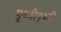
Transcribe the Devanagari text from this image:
पृथ्वीपृथ्वी